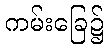
ကမ်းခြေ၌